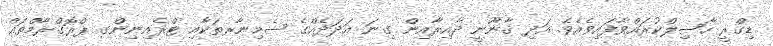
ޑިގްރީ ޙާޞިލްކުރައްވާފައިވެއެވެ. އަދި ޤާނޫނީ ދާއިރާއިން ގިނަ ޢަދަދެއްގެ ސެމިނާރތަކާއި ޓްރެއިނިންގ ޕްރޮގްރާމްތައް